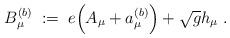
LaTeX: \begin{align*}B_\mu^{(b)} \; := \; e \Big( A_\mu + a_\mu^{(b)} \Big) + \sqrt{g} h_\mu \; .\end{align*}